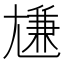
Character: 尲